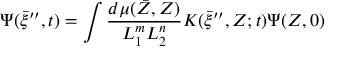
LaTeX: \Psi ( \bar { \xi } ^ { \prime \prime } , t ) = \int \frac { d \mu ( \bar { Z } , Z ) } { L _ { 1 } ^ { m } L _ { 2 } ^ { n } } K ( \bar { \xi } ^ { \prime \prime } , Z ; t ) \Psi ( Z , 0 )